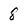
Character: 8